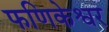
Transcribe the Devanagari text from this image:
फणिकेश्वर